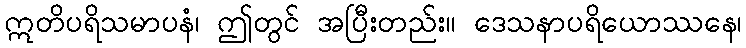
ဣတိပရိသမာပနံ၊ ဤတွင် အပြီးတည်း။ ဒေသနာပရိယောဿနေ၊